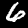
Label: 6